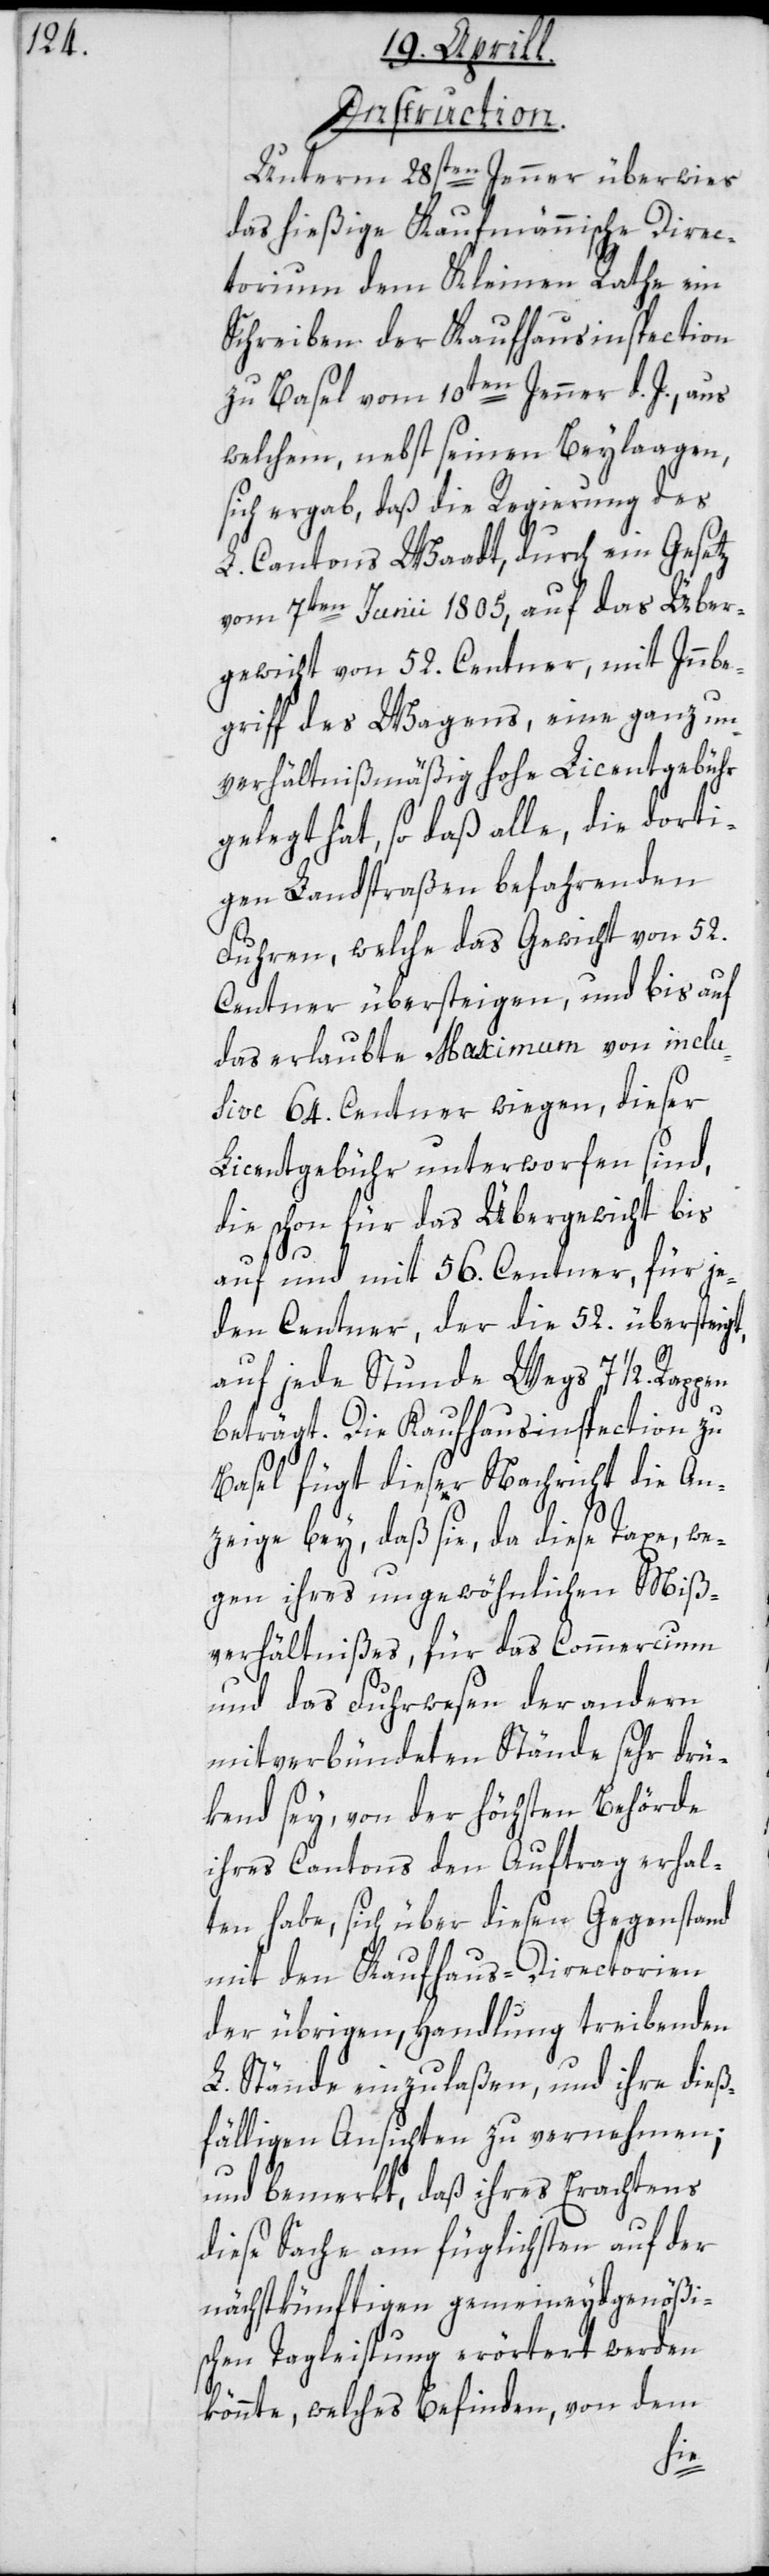
Instruction.
Unterm 28sten Jenner überwies
das hießige Kaufmännische Direc¬
torium dem Kleinen Rathe ein
Schreiben der Kauffhausinspection
zu Basel vom 10ten Jenner d. J., aus
welchem, nebst seinen Beylaagen
sich ergab, daß die Regierung des
L. Cantons Waadt, durch ein Gesetz
vom 7ten Junii 1805, auf das Über¬
gewicht von 52. Centner, mit Innbe¬
griff des Waagens, eine ganz un¬
verhältnißmäßig hohe Licentgebühr
gelegt hat, so das alle, die dorti¬
gen Landstraßen befahrenden
Fuhren, welche das Gewicht von 52.
Centner übersteigen, und bis auf
das erlaubte Maximum von inclu¬
sive 64. Centner wiegen, dieser
Licentgebühr unterworfen sind,
die schon für das Übergewicht bis
auf und mit 56. Centner, für je¬
den Centner, der die 52. übersteigt,
auf jede Stunde Wegs 7 1/2. Rappen
beträgt. Die Kauffhausinspection zu
Basel fügt dieser Nachricht die An¬
zeige bey, daß sie, da diese Taxe we¬
gen ihres ungewöhnlichen Miß¬
verhältnißes, für das Commercium
und das Fuhrwesen der anderen
mitverbündeten Stände sehr drü¬
kend sey, von der höchsten Behörde
ihres Cantons den Auftrag erhal¬
ten habe, sich über diesen Gegenstand
mit den Kauffhaus-Directorien
der übrigen Handlung treibenden
L. Stände einzulaßen, und ihre dieß¬
fälligen Ansichten zu vernehmen;
und bemerkt, daß ihres Erachtens
diese Sache am füglichsten auf der
nächstkünftigen gemeineydgenößis¬
könnte, welches Befinden, von dem
chen